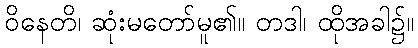
ဝိနေတိ၊ ဆုံးမတော်မူ၏။ တဒါ၊ ထိုအခါ၌။